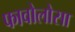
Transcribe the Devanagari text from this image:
फावोलोसा